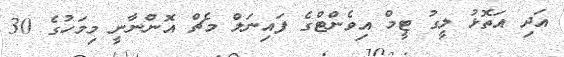
އަދި އަތޮޅު ލީގު ޓީމް އިވެންޓްގެ ފައިނަލް މެޗް އޮންނާނީ މިމަހުގެ 30